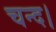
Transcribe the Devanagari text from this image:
चन्‍द।